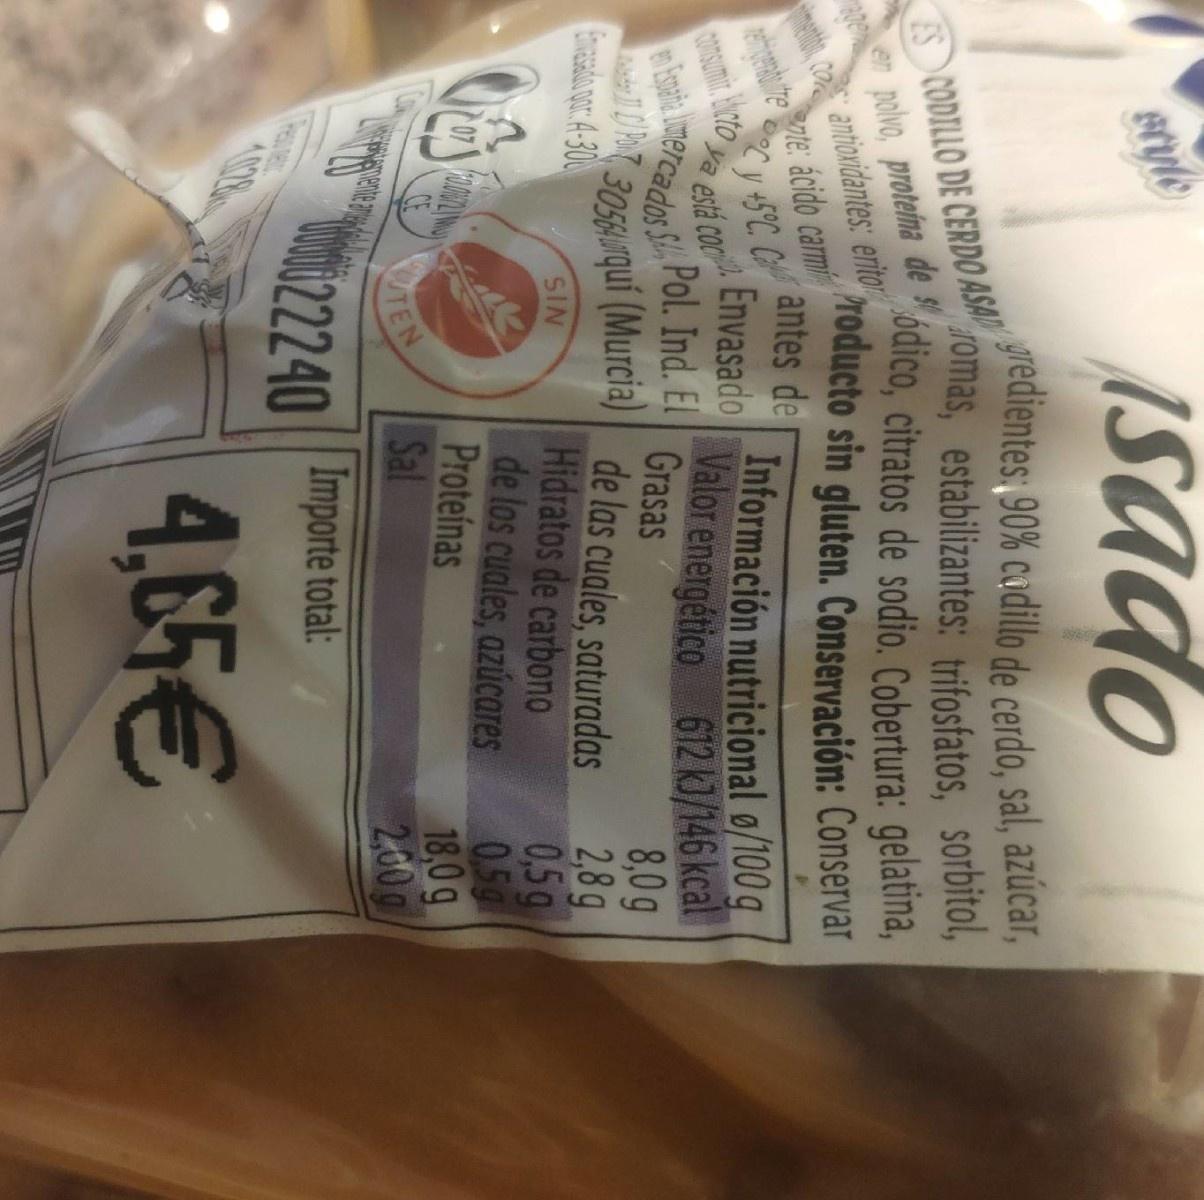
ISado
seyle
ES CODILLO DE CERD0 ASA polvo, protelna de odico, citratos de sodio. Cobertura: gelatina,
gredientes 90% codillo de cerdo, sal, azúcar, Jomas, estabilizantes: trifosfatos, sorbitol,
c antionidantes:" eritor. nte: ácido carmi
Producto sin gluten. Conservación: Conservar antes de
Envasado e está coc Pol. Ind. El Grasas
Información nutricional o/100 g Valor energético 612 3/146 kcal 8,0g
mercados S
10305quí (Murcia) de las cuales, saturadas
2,8g 0,5g 0,5g 18,0g 2,00g
Evasda or: A-300
Hidratos de carbono de los cuales, azúcares Proteinas Sal
SIN
CE
TEN
22240
Importe total:
4,65€